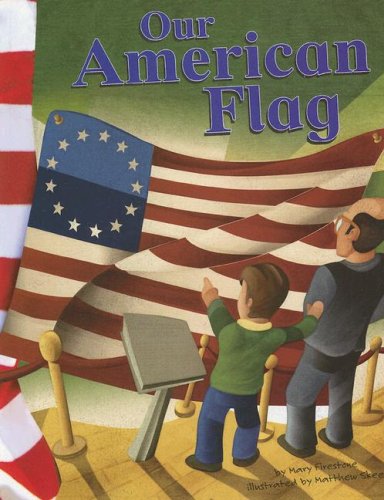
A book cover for Our American Flag (American Symbols); Mary Firestone; Children's Books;